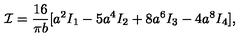
{ \cal I } = \frac { 1 6 } { \pi b } [ a ^ { 2 } I _ { 1 } - 5 a ^ { 4 } I _ { 2 } + 8 a ^ { 6 } I _ { 3 } - 4 a ^ { 8 } I _ { 4 } ] ,